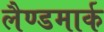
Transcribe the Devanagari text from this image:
लैण्‍डमार्क